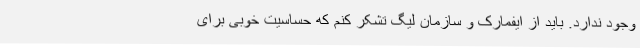
وجود ندارد. باید از ایفمارک و سازمان لیگ تشکر کنم که حساسیت خوبی برای